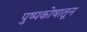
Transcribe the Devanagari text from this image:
पुष्पकोषातून